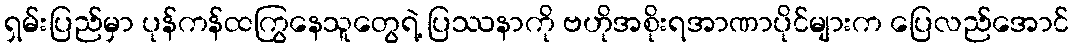
ရှမ်းပြည်မှာ ပုန်ကန်ထကြွနေသူတွေရဲ့ ပြဿနာကို ဗဟိုအစိုးရအာဏာပိုင်များက ပြေလည်အောင်